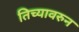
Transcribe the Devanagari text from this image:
तिच्यावरुन